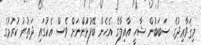
މިޤަވާޢިދުގެ ސަބަބުން ޝާހީ އާއިލާގެ އެހެން ބޭފުޅުންނަށް ވެސް އެކުގައި ދަތުރު ކުރުމުގެ